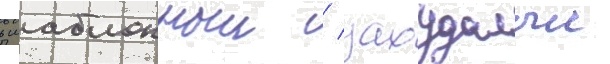
в шаблонныи / захудалыи